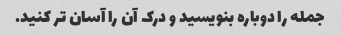
جمله را دوباره بنویسید و درک آن را آسان تر کنید.